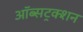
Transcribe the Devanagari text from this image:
ऑब्सट्रक्शन